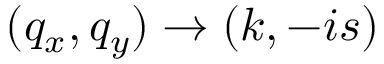
( q _ { x } , q _ { y } ) \to ( k , - i s )